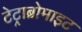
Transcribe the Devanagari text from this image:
टेट्राब्रोमाइट